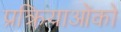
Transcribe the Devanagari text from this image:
प्रक्रियाओंको